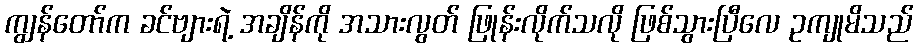
ကျွန်တော်က ခင်ဗျားရဲ့ အချိန်ကို အသားလွတ် ဖြုန်းလိုက်သလို ဖြစ်သွားပြီလေ ဥကျုမိသည်